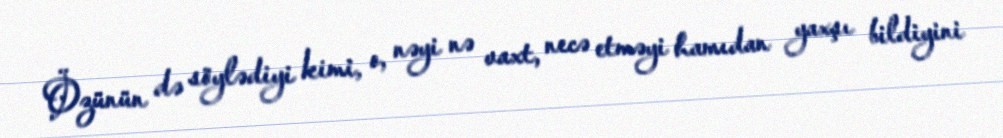
Özünün də söylədiyi kimi, o, nəyi nə vaxt, necə etməyi hamıdan yaxşı bildiyini